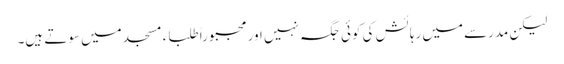
لیکن مدرسے میں رہائش کی کوئی جگہ نہیں اور مجبوراً طلباء مسجد میں سوتے ہیں۔